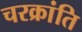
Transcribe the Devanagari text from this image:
चरक्रांति